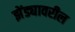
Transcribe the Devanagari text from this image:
झेंड्यावरील